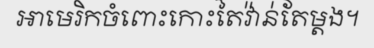
អាមេរិកចំពោះកោះតៃវ៉ាន់តែម្តង។